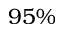
9 5 \%